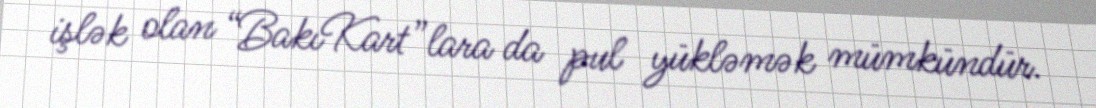
işlək olan “BakıKart”lara da pul yükləmək mümkündür.